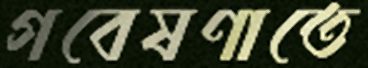
গবেষণাতে